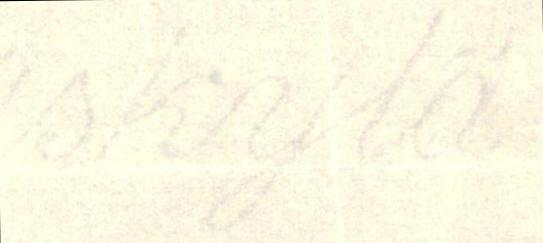
skylä